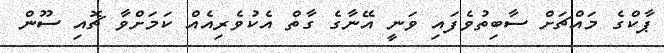
ޕާކްގެ މައްޗަށް ސާބިތުވެފައި ވަނީ އޭނާގެ ގާތް އެކުވެރިއެއް ކަމަށްވާ ޗޮއި ސޫން